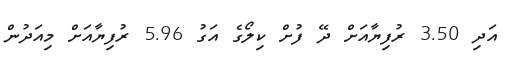
އަދި 3.50 ރުފިޔާއަށް ދޭ ފުށް ކިލޯގެ އަގު 5.96 ރުފިޔާއަށް މިއަދުން